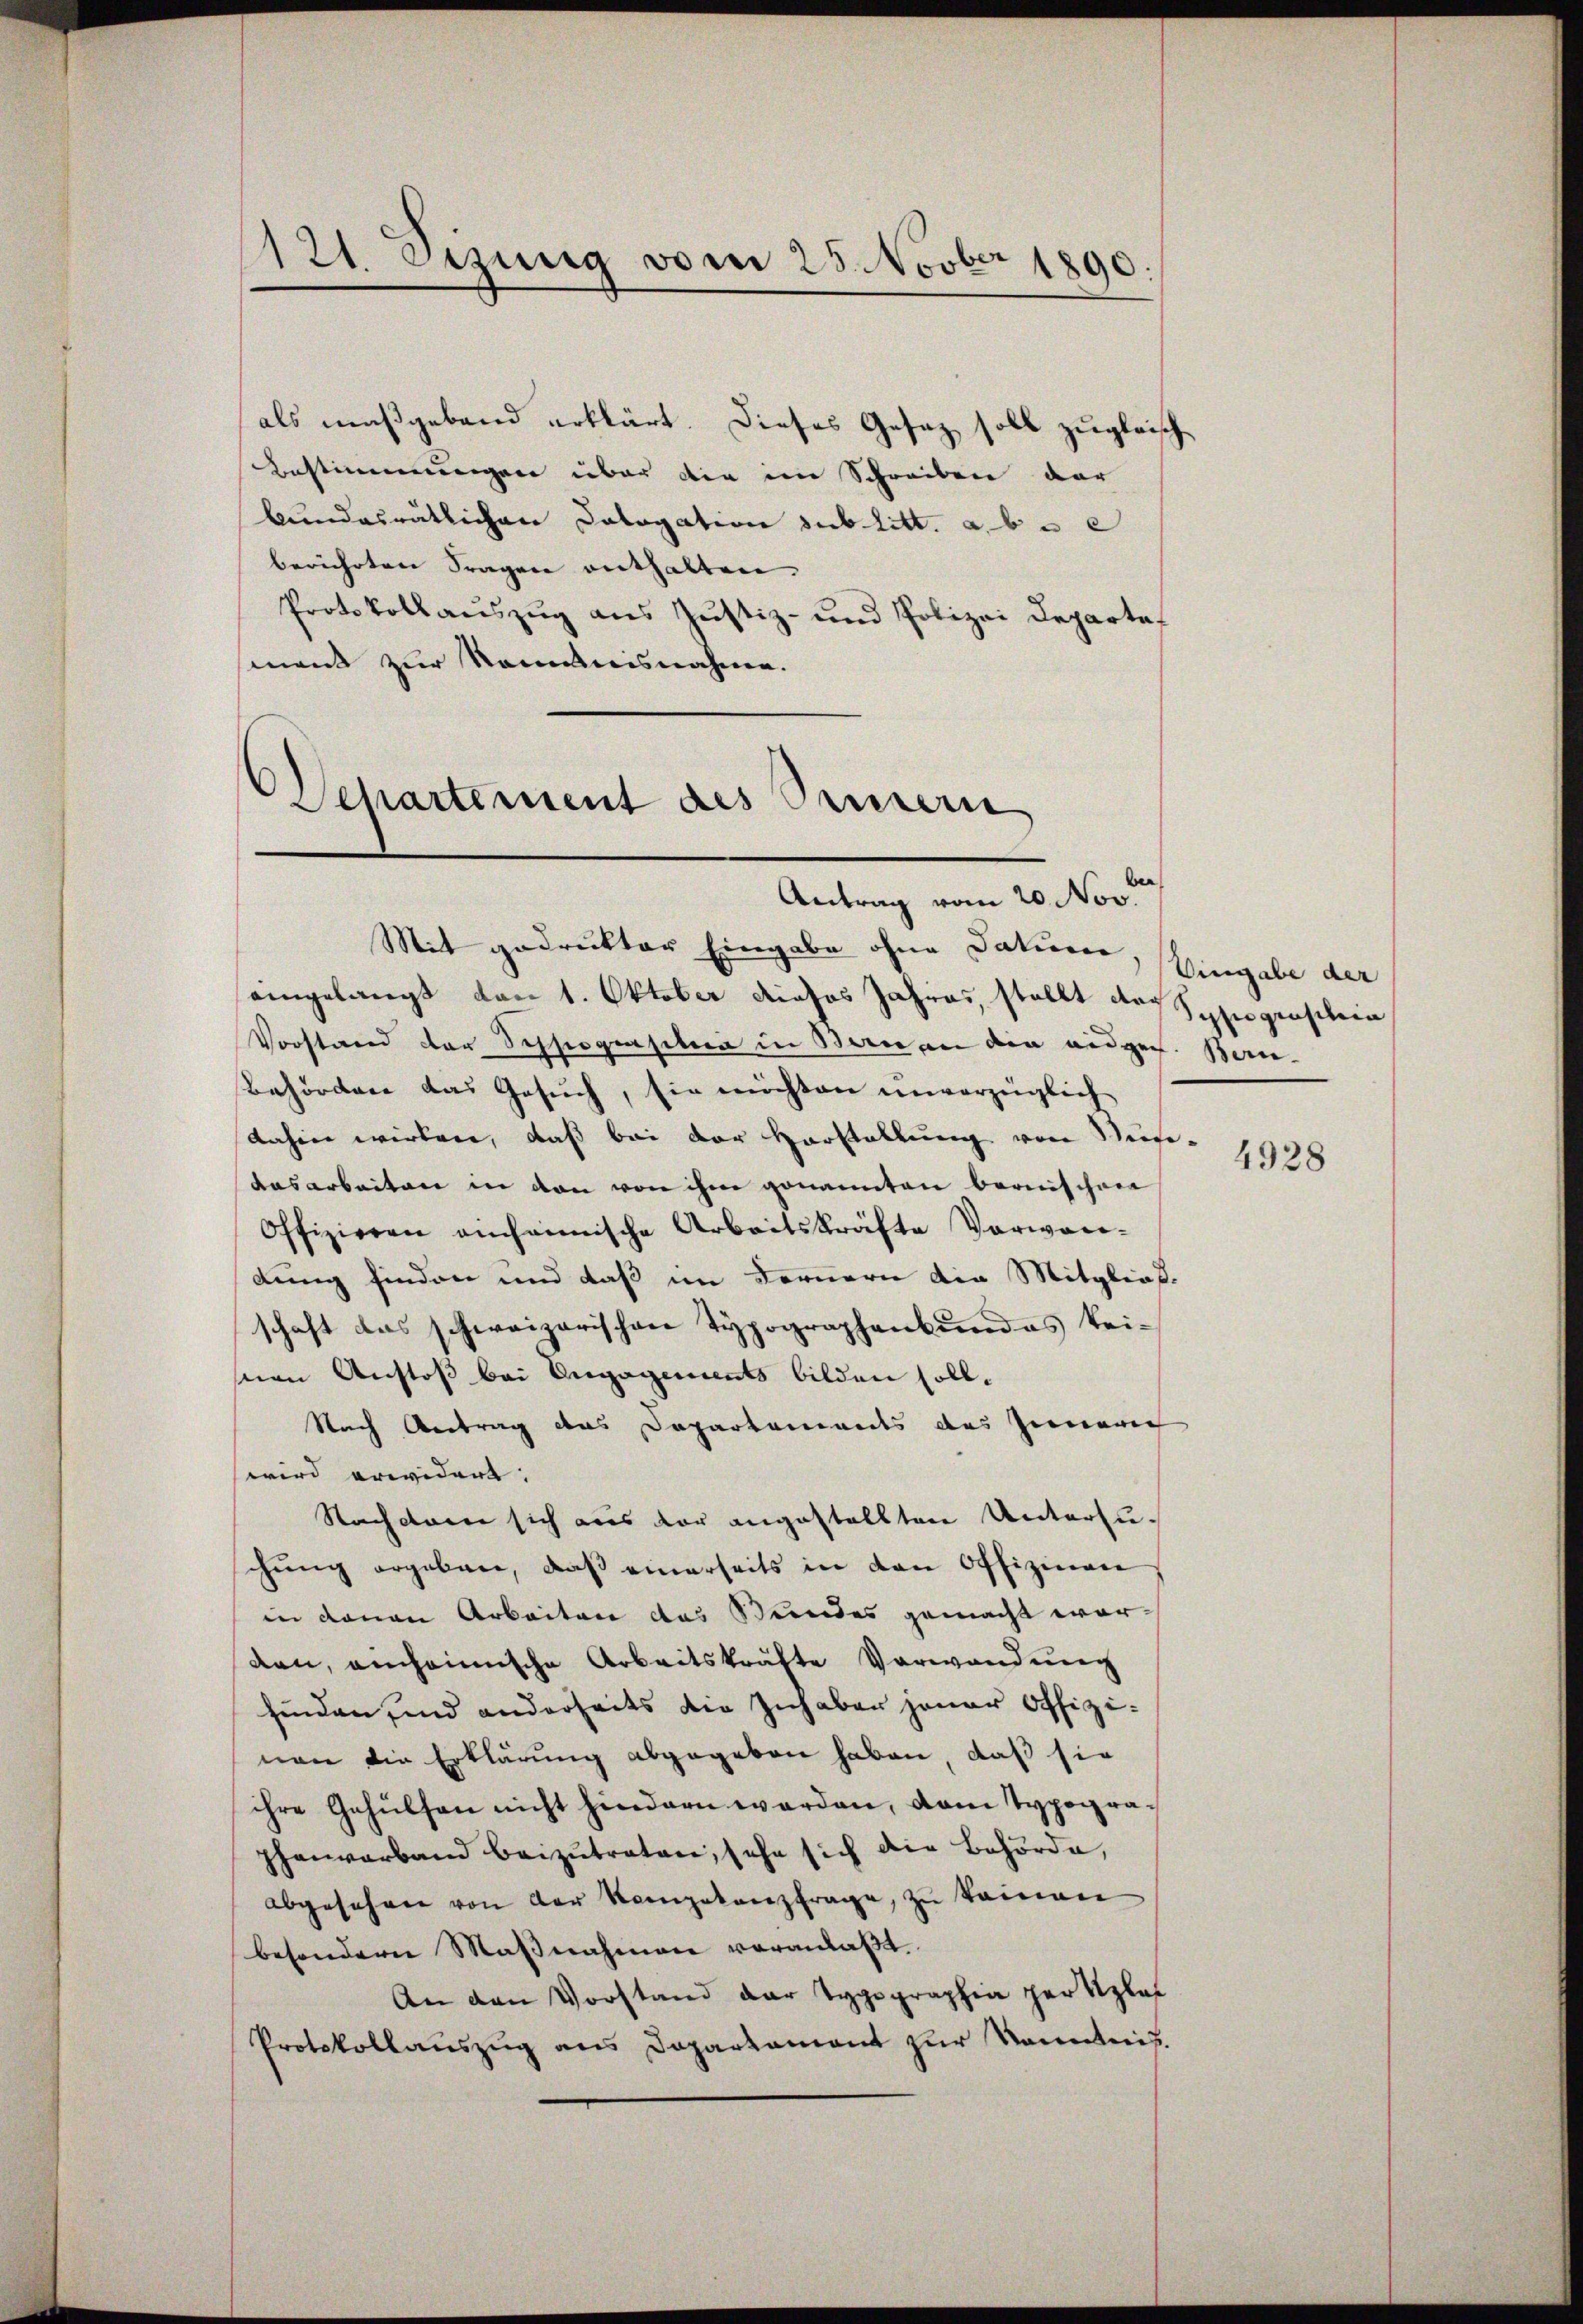
e
121. Setzung vom 25. Novb. 1890.

als maßgeband erklärt. Dieses Gesetz soll zugleische
Bestimmungen über die im Schreiben der
bundesrätlichen Cologation sub litt. a. b. e
berührten Fragen enthalten.
Protokollauszug aus Justiz- und Polizei Departesmnent zur Romanisnahmen.

Departement des Sinnern
Antrag vom 20. Nov.

Mit gedrukter Eingabe ohne datione,
eingelangt von 1. Oktober dieses Jahres, stellt des Sohiograsilia
Vorstand der Schliegensition in Bern an die eidgen. Ben¬
Behörden das Gesuch, sie möchten unverzüglich
dahin wirken, daß bei der Horstellung von Weise
dasarbeiten in den von ihm genannten bernischen
Offizieren einhännische Arbeitskräfte Verwar-
dung finden und daß im Fernern die Mitglied
schaft das schweizerischen Typographenbŭndes kei-
nen Anstoß bei Engagements bilden soll.
Nach Antrag das Departements des Zeinere
wird erwidert. |
Nachdem sich aus der angestellten Untersuchung ergeben, daß einerseits in den Offizinen
in denen Arbeiten das Stundes gemacht worden, einheimische Arbeitskräfte Verwendung
finden sind anderseits die Inhaber jener Offizinen die Erklärung abgegeben haben, daß sie
ihre Gehülfen nicht hindern werden, dem Typographenverband beizŭtraten, sehe sich die Behörde,
abgesehen von der Kompetenzfrage, zu keinen
besondern Maβnahmen veranlaβt.
An den Vorstand der Typographia per Klas
Protokollauszug aus Departament zur Kenntnis.

Eingabe der

d

4928